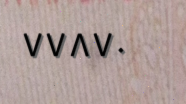
٧٧٨٧٠